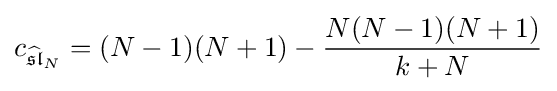
c_{{\widehat {\mathfrak {sl}}}_{N}}=(N-1)(N+1)-{\frac {N(N-1)(N+1)}{k+N}}